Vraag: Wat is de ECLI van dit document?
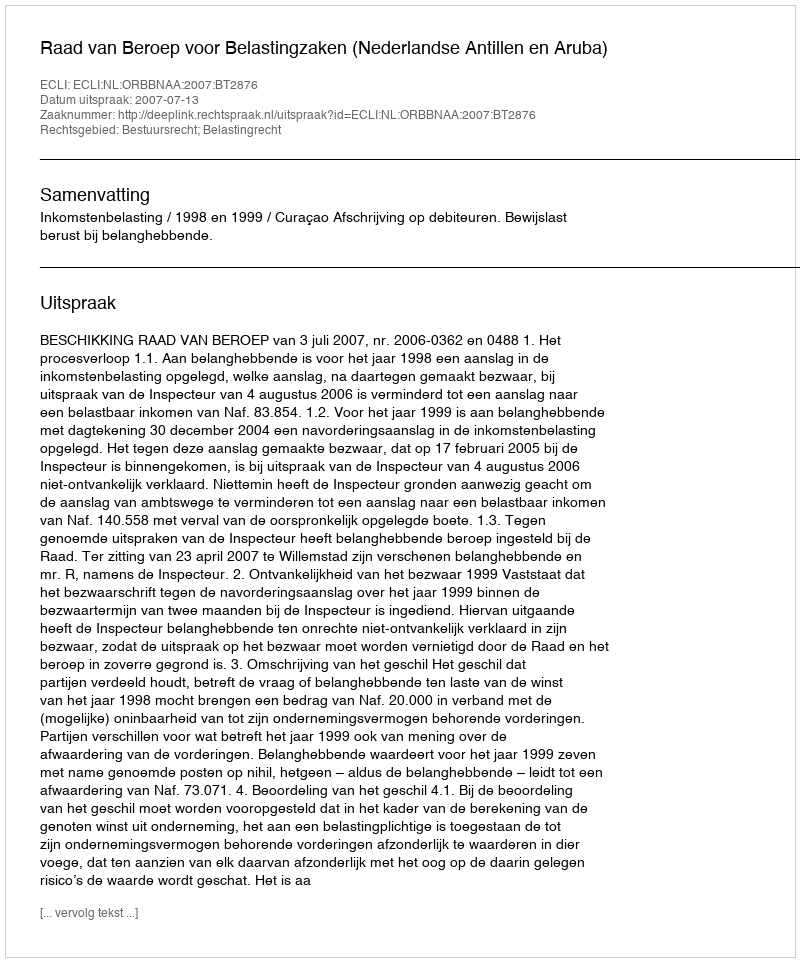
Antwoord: ECLI:NL:ORBBNAA:2007:BT2876